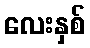
လေးနှစ်